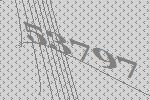
53797